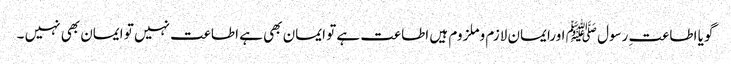
گویا اطاعتِ رسول ﷺ اورایمان لازم وملزوم ہیں اطاعت ہے تو ایمان بھی ہے اطاعت نہیں تو ایمان بھی نہیں ۔